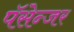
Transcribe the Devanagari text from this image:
पॅसेन्जर